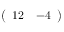
\left( \begin{array} { l l } { 1 2 } & { - 4 } \end{array} \right)